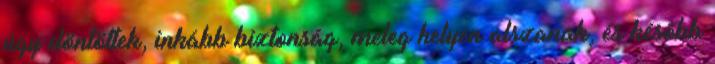
úgy döntöttek, inkább biztonság, meleg helyen alszanak, és később